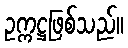
ဥက္ကဋ္ဌဖြစ်သည်။